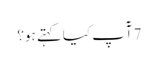
7 آٓپ کیا کہتے ہو؟